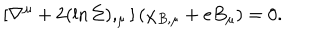
\left[ \nabla ^ { \mu } + 2 ( \ln \Sigma ) , _ { \mu } \right] ( \chi _ { B , \mu } + e B _ { \mu } ) = 0 .